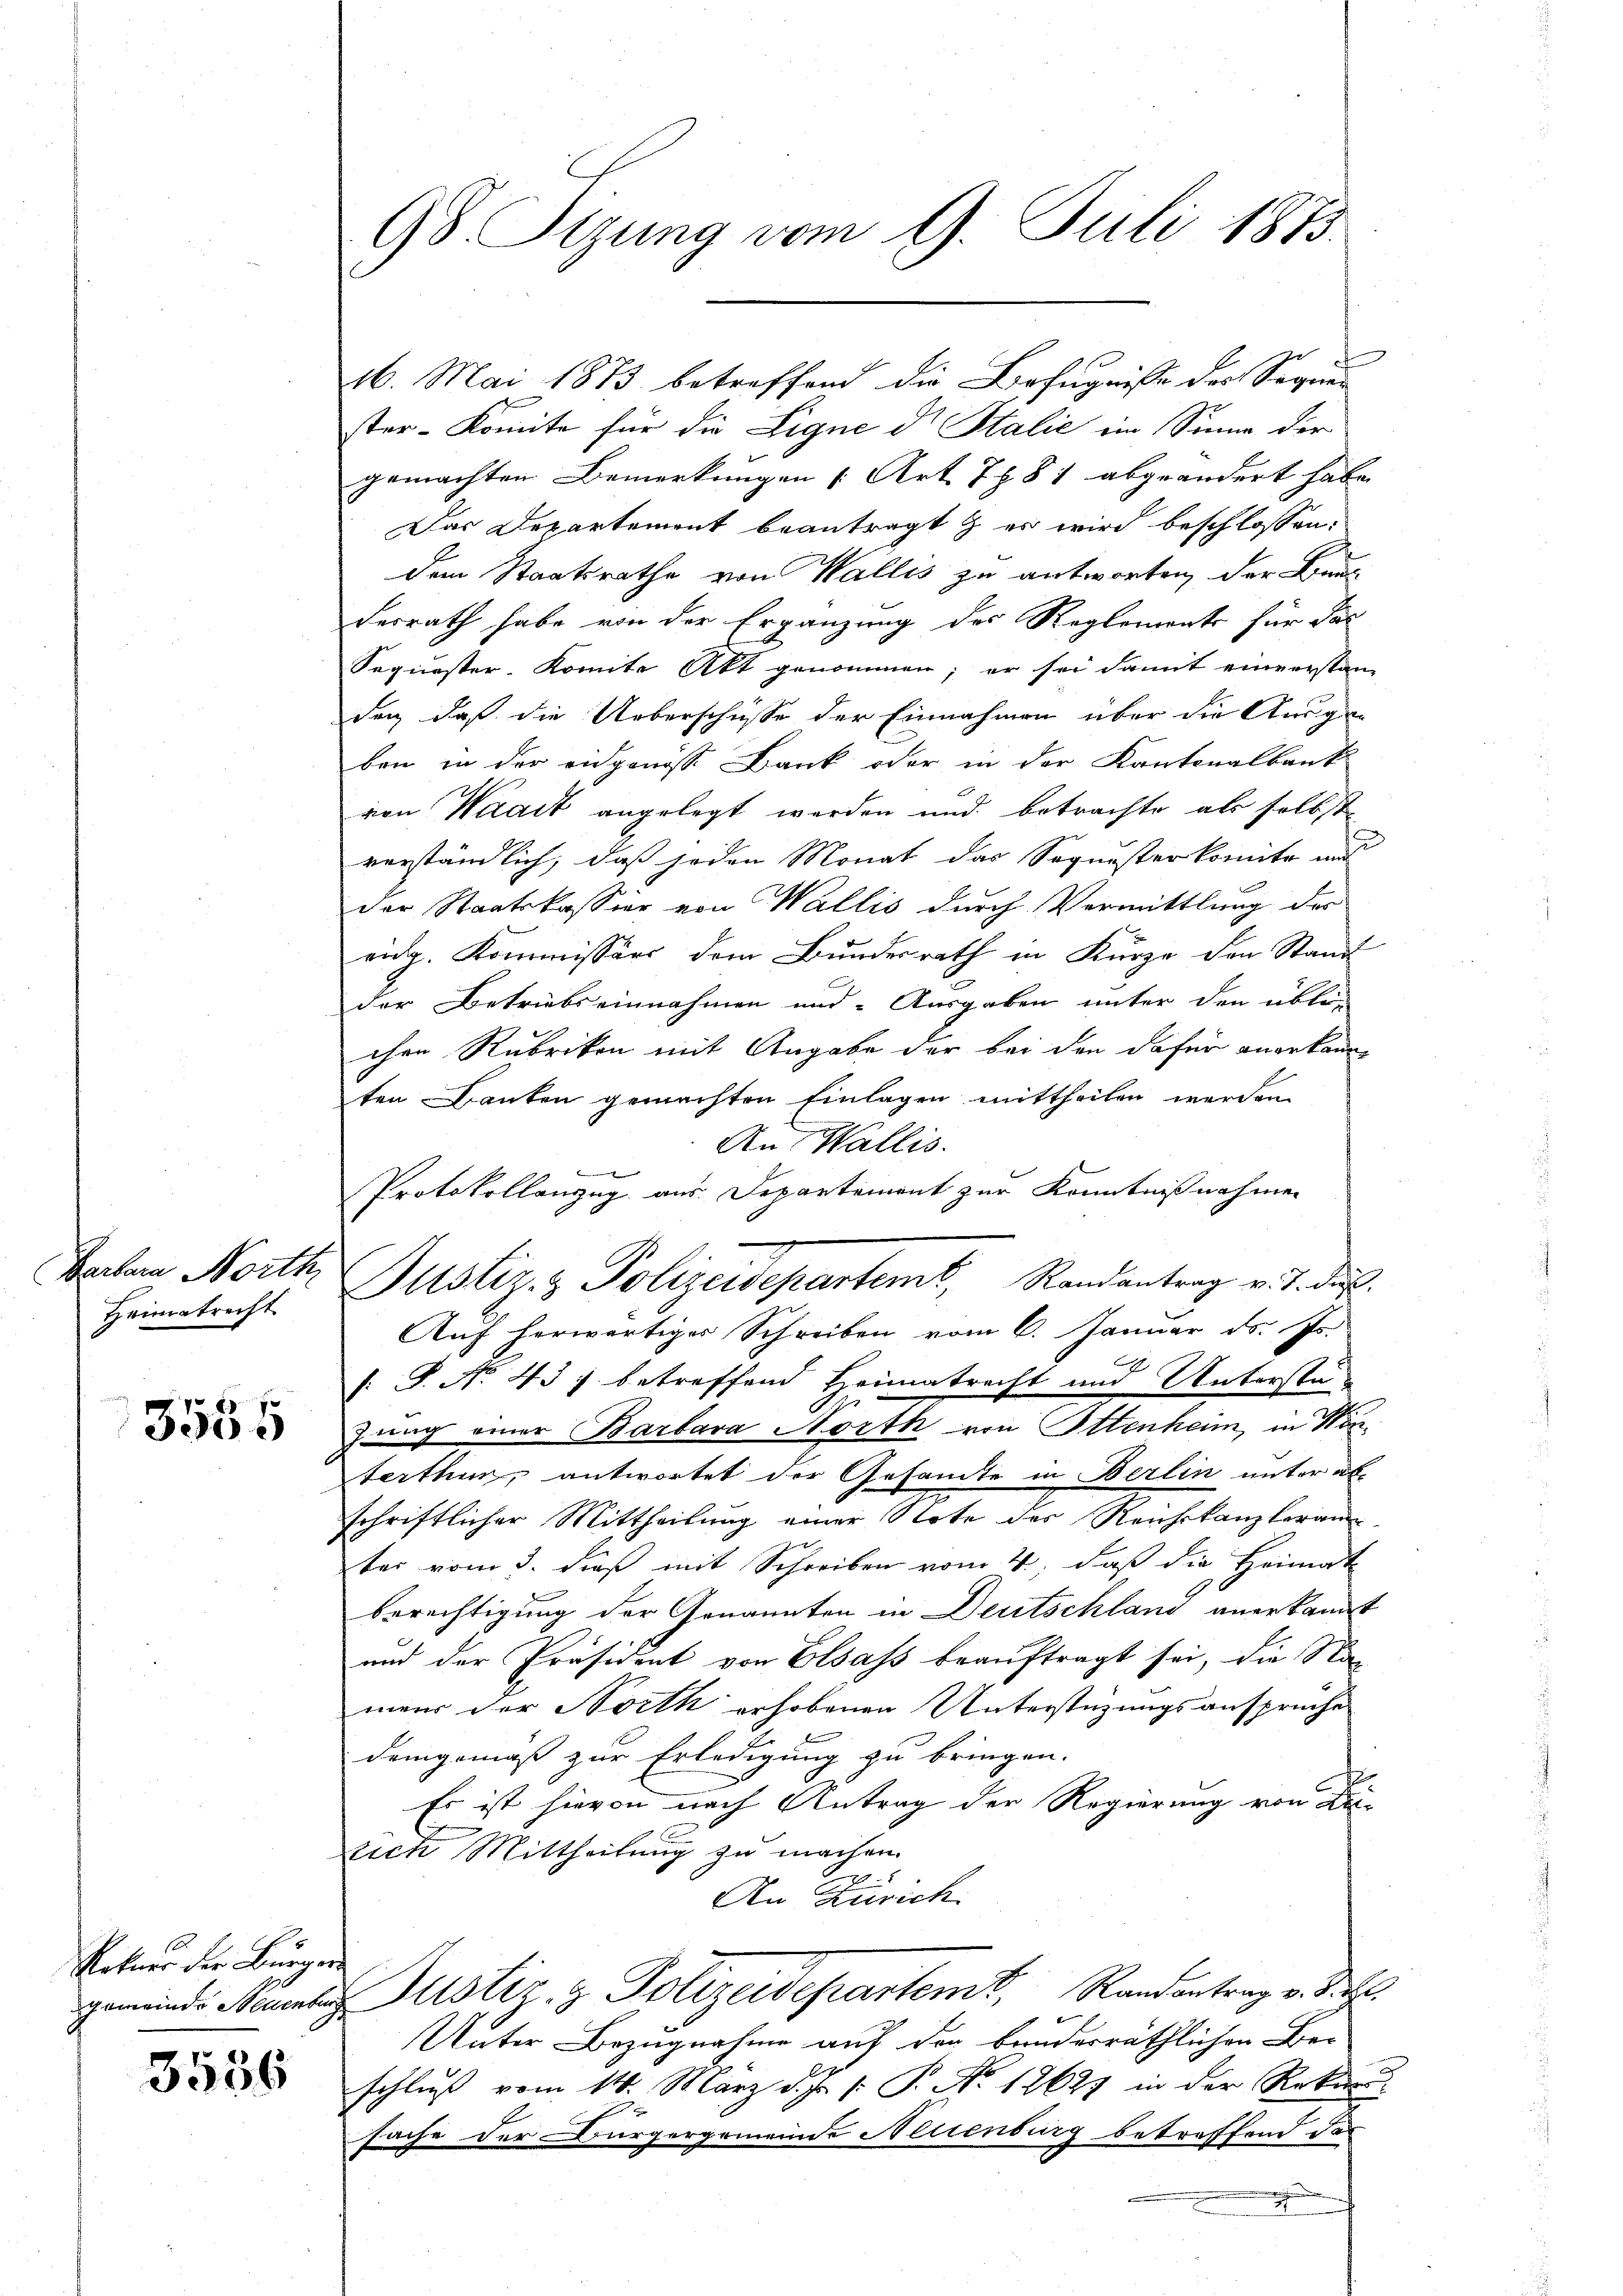
Heimatrecht

3555

Rotuer der Bürger

3536

98. Sizung vom 9. Juli 1873.

ster-Komite für die Ligne ds Stalić ein Sinne der
gemachten Bemerkungen (Art. 7881 abgeändert habe.
Das Departement beantragt & er wird beschlossen:
dem Staatsrathe von Wallis zu antworten, der Braun
derrath habe von der Ergänzung des Reglements für das
Segister-Komite Akt genommen; er sei damit einverstan-
don, daß die Ueberschüsse der Einnahmen über die Ausgaben in der eidgenösse Bank oder in der Kantonalbank
von Waadt angelegt werden und betrachte als selbst
verständlich, daß jeden Monat das Sequesterkomite mit
der Staatskassier von Wallis durch Vermittlung des
eng. Kommissärs dem Bundesrath in Kürze den Stand
der Betriebseinnahmen und Ausgaben unter den übler-
chen Rubriken mit Angabe der bei den dafür anerkann
ten Banken gemachten Einlagen mittheilen werden
An Wallis.
Auf herwärtiger Schreiben vom 6. Januar ds. fr.
[: P. No. 437 betreffend Heimatrecht und Unterstä
zung einer Barbara Nörth von Ottenheim, in Winterthun, antwortet der Gesandte in Berlin unter ab
schriftlicher Mittheilung einer Note des Reichskanzleram
ter vom 3. dieß mit Schreiben vom 4. daß die Heimat
berechtigung der Genannten in Deutschland anerkannt
und der Präsident von Elsass beauftragt sei, die Namaur der North erhobenen Unterstüzungsansprüche
demgemäß zur Erledigung zu bringen.
Es ist hievon nach Antrag der Regierung von Ditich Mittheilung zu machen.
1
An Zürich.
gemeinde Namen Justiz- & Polizeidepartemt, Randantrag v. J. R.
Unter Bezugnahme auf der bruderräthlichen Be-
schluß vom 14. März d. Js. v. P. No 12627 in der Rekurs-
sache der Bürgergemeinde Neuenburg betreffend das
h

Protokollanzug aus Departement zur Kenntnißnahmen
Bachen North Justiz- & Polizeidepartemb. Randantrag v. J. dieß.

16. Mai 1873 betreffend die Befugniße des Sequen